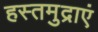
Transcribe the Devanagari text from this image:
हस्तमुद्राएं